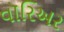
વૉરિઅર